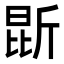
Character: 𭯐